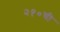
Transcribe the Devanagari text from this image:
२१०ची